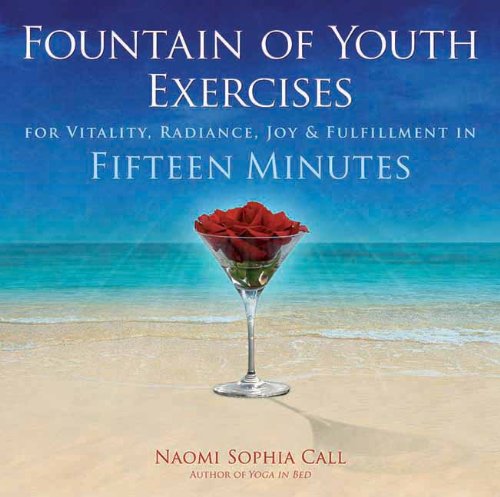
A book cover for Fountain of Youth Exercises: For Vitality, Radiance, Joy & Fulfillment in Fifteen Minutes; Naomi Sophia Call; Health, Fitness & Dieting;